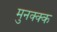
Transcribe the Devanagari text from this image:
मुनक्क्क